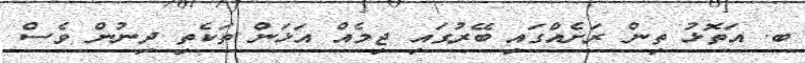
ބ. އަތޮޅު ތިން ރަށެއްގައި ބޭރުގައި ޖިމެއް އަޅަން ތަކެތި ދިނުން ވެސް